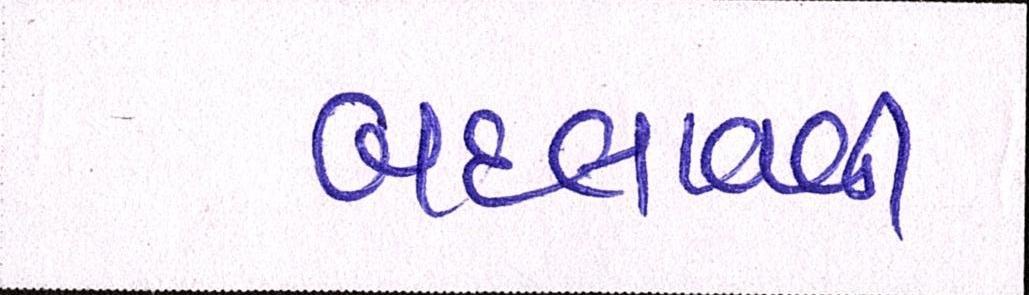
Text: બદલાવવી